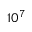
1 0 ^ { 7 }